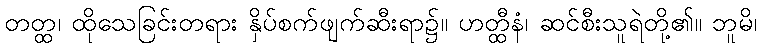
တတ္ထ၊ ထိုသေခြင်းတရား နှိပ်စက်ဖျက်ဆီးရာ၌။ ဟတ္ထီနံ၊ ဆင်စီးသူရဲတို့၏။ ဘူမိ၊